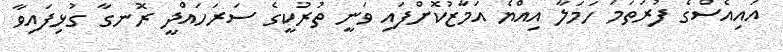
އައިއެސްގެ ފުރަތަމަ ހަމަލާ އިއްޔެ އަމާޒުކޮށްފައި ވަނީ ތުރުކީގެ ސަރަހައްދީ ރޮނގާ ގުޅިފައިވާ